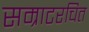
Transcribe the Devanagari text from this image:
सम्राटरचित